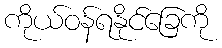
ကိုယ်ဝန်ရနိုင်ခြေကို